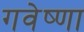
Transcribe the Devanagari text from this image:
गवेष्णा